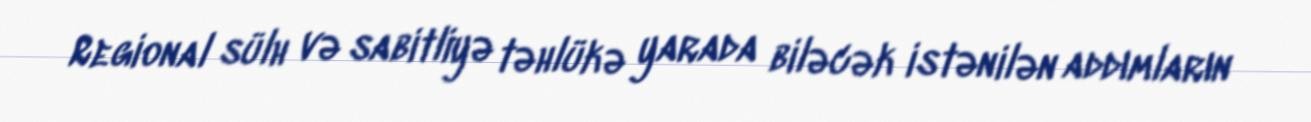
Regional sülh və sabitliyə təhlükə yarada biləcək istənilən addımların